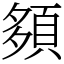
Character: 䫂